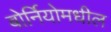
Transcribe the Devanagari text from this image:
बोर्नियोमधील